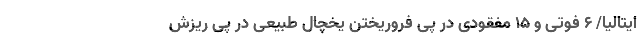
ایتالیا/ 6 فوتی و 15 مفقودی در پی فروریختن یخچال طبیعی در پی ریزش